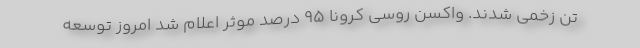
تن زخمی شدند. واکسن روسی کرونا 95 درصد موثر اعلام شد امروز توسعه‌